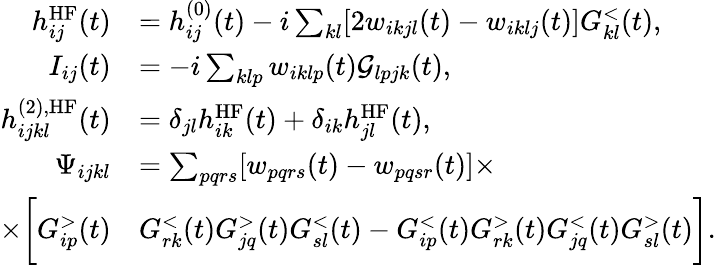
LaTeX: \begin{array}{rl}{h_{ij}^{\textrm{HF}}(t)}&{=h_{ij}^{(0)}(t)-i\sum_{kl}[2w_{ikjl}(t)-w_{iklj}(t)]G_{kl}^{<}(t),}\\ {I_{ij}(t)}&{=-i\sum_{klp}w_{iklp}(t)\mathcal{G}_{lpjk}(t),}\\ {h_{ijkl}^{(2),\textrm{HF}}(t)}&{=\delta_{jl}h_{ik}^{\textrm{HF}}(t)+\delta_{ik}h_{jl}^{\textrm{HF}}(t),}\\ {\Psi_{ijkl}}&{=\sum_{pqrs}[w_{pqrs}(t)-w_{pqsr}(t)]\times}\\ {\times\bigg[G_{ip}^{>}(t)}&{G_{rk}^{<}(t)G_{jq}^{>}(t)G_{sl}^{<}(t)-G_{ip}^{<}(t)G_{rk}^{>}(t)G_{jq}^{<}(t)G_{sl}^{>}(t)\bigg].}\end{array}